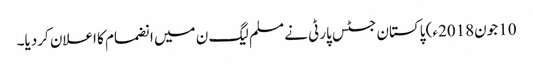
10 جون2018ء) پاکستان جسٹس پارٹی نے مسلم لیگ ن میں انضمام کا اعلان کردیا۔